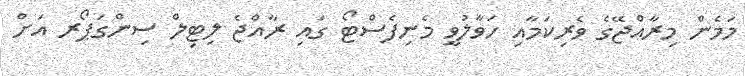
މަމެން މިރާއްޖޭގެ ވެރިކަމާއި ހަވާލުވީ މެނިފެސްޓޯ ގައި ރާއްޖެ ލިޓިލް ސިންގަޕޯރ އަށް